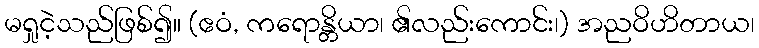
မရှုငဲ့သည်ဖြစ်၍။ (ဧဝံ, ကရောန္တိယာ၊ ၏လည်းကောင်း၊) အညဝိဟိတာယ၊